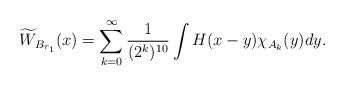
LaTeX: \begin{align*} \widetilde{W}_{B_{r_1}}(x)=\sum_{k=0}^\infty \frac{1}{(2^k)^{10}}\int H(x-y)\chi_{A_k}(y)dy. \end{align*}